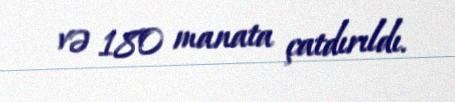
və 180 manata çatdırıldı.